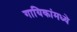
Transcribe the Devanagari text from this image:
गायिकांमध्ये